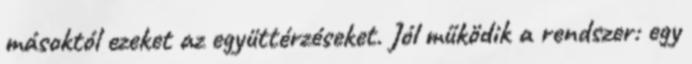
másoktól ezeket az együttérzéseket. Jól működik a rendszer: egy